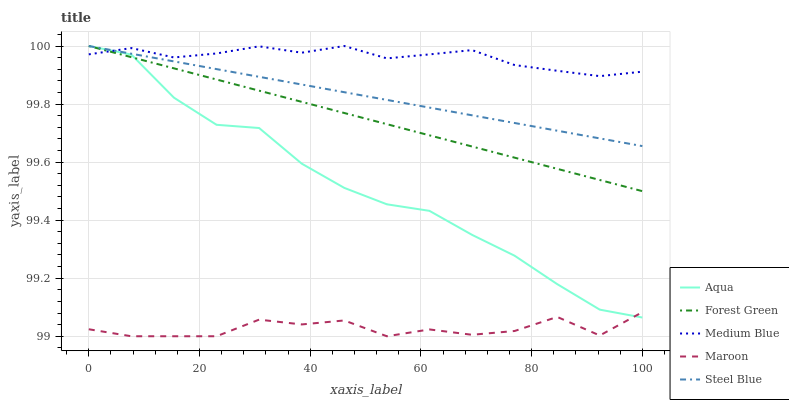
| xaxis_label | Aqua | Forest Green | Medium Blue | Maroon | Steel Blue |
 | --- | --- | --- | --- | --- | --- |
 | 0 | 100 | 100 | 100 | 99 | 100 |
 | 7.69 | 100 | 100 | 100 | 99 | 100 |
 | 15.4 | 99.8 | 99.9 | 100 | 99 | 99.9 |
 | 23.1 | 99.7 | 99.9 | 100 | 99 | 99.9 |
 | 30.8 | 99.7 | 99.8 | 100 | 99.1 | 99.9 |
 | 38.5 | 99.6 | 99.8 | 100 | 99 | 99.9 |
 | 46.2 | 99.5 | 99.8 | 100 | 99.1 | 99.8 |
 | 53.8 | 99.5 | 99.7 | 100 | 99 | 99.8 |
 | 61.5 | 99.4 | 99.7 | 100 | 99 | 99.8 |
 | 69.2 | 99.3 | 99.7 | 100 | 99 | 99.8 |
 | 76.9 | 99.3 | 99.6 | 99.9 | 99 | 99.7 |
 | 84.6 | 99.2 | 99.6 | 99.9 | 99.1 | 99.7 |
 | 92.3 | 99.1 | 99.5 | 99.9 | 99 | 99.7 |
 | 100 | 99.1 | 99.5 | 99.9 | 99.1 | 99.7 |